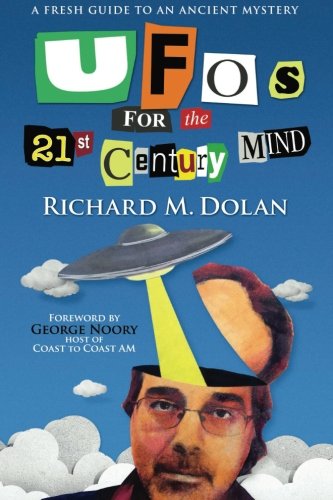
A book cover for UFOs for the 21st Century Mind: A Fresh Guide to an Ancient Mystery; Mr. Richard M. Dolan; Science & Math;